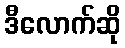
ဒီလောက်ဆို